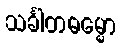
သင်္ခါတဓမ္မော